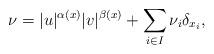
LaTeX: \begin{align*}\nu = |u|^{\alpha(x)}|v|^{\beta(x)}+ \sum_{i \in I}\nu_{i}\delta_{x_i},\end{align*}